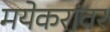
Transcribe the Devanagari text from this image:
मयेकरांवर